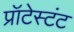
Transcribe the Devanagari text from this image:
प्रॉटेस्टंट